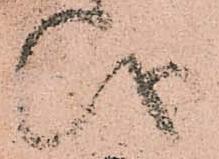
儀